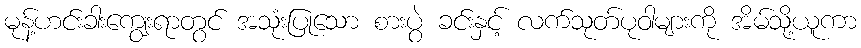
မုန့်ဟင်းခါးကျွေးရာတွင် အသုံးပြုသော စားပွဲ ခင်းနှင့် လက်သုတ်ပုဝါများကို အိမ်သို့ယူကာ